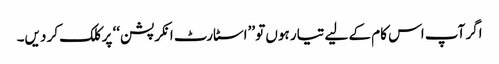
اگر آپ اس کام کے لیے تیار ہوں تو ’’اسٹارٹ انکرپشن‘‘ پر کلک کر دیں۔